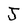
Character: J